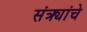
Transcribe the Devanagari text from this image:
संत्र्यांचे